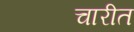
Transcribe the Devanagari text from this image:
चारीत